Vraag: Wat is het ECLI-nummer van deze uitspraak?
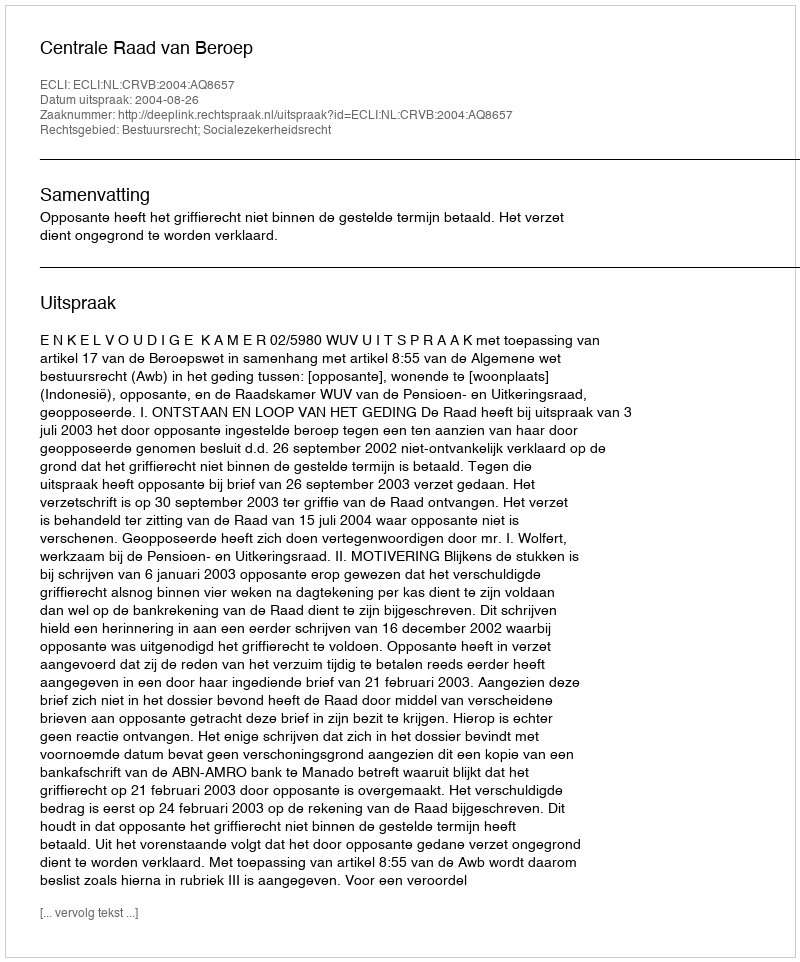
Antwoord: ECLI:NL:CRVB:2004:AQ8657